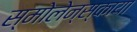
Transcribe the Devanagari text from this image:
स्मोलेन्स्काया